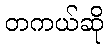
တကယ်ဆို